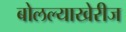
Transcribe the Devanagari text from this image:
बोलल्याखेरीज